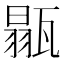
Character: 𤭼